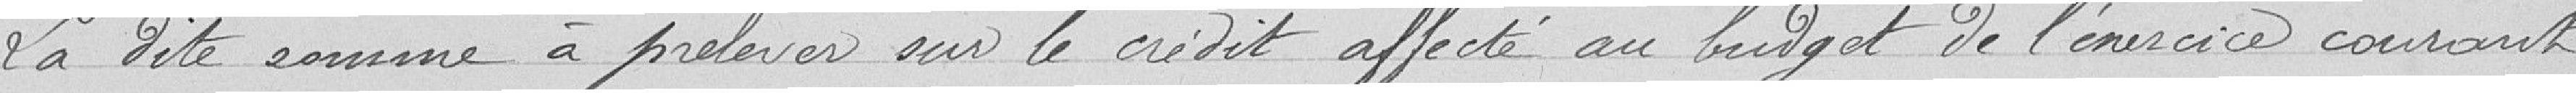
La dite somme à prélever sur le crédit affecté au budget de l'exercice courant